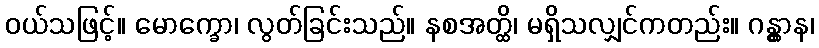
ဝယ်သဖြင့်။ မောက္ခော၊ လွတ်ခြင်းသည်။ နစအတ္ထိ၊ မရှိသလျှင်ကတည်း။ ဂန္တွာန၊